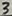
Text: 3